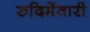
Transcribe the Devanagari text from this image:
रुदिमेंतारी